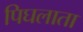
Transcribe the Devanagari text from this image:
पिघलाता